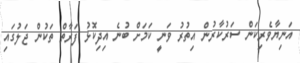
އަނިޔާވެރިކަން ސަރުކާރުން އިތުރު ވަނީ ކަމަށް ބުނެ އިދިކޮޅު ފަރާތް ތަކުން ޖަލުގައި